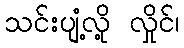
သင်းပျံ့လို့ လှိုင်၊